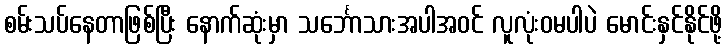
စမ်းသပ်နေတာဖြစ်ပြီး နောက်ဆုံးမှာ သင်္ဘောသားအပါအဝင် လူလုံးဝမပါပဲ မောင်းနှင်နိုင်ဖို့